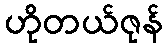
ဟိုတယ်ဇုန်